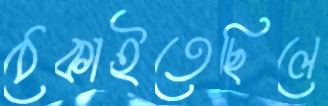
ঠেকাইতেছিলে